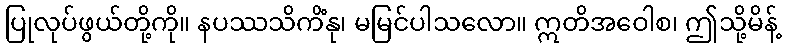
ပြုလုပ်ဖွယ်တို့ကို။ နပဿသိကိံနု၊ မမြင်ပါသလော။ ဣတိအဝေါစ၊ ဤသို့မိန့်